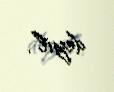
deyil”.